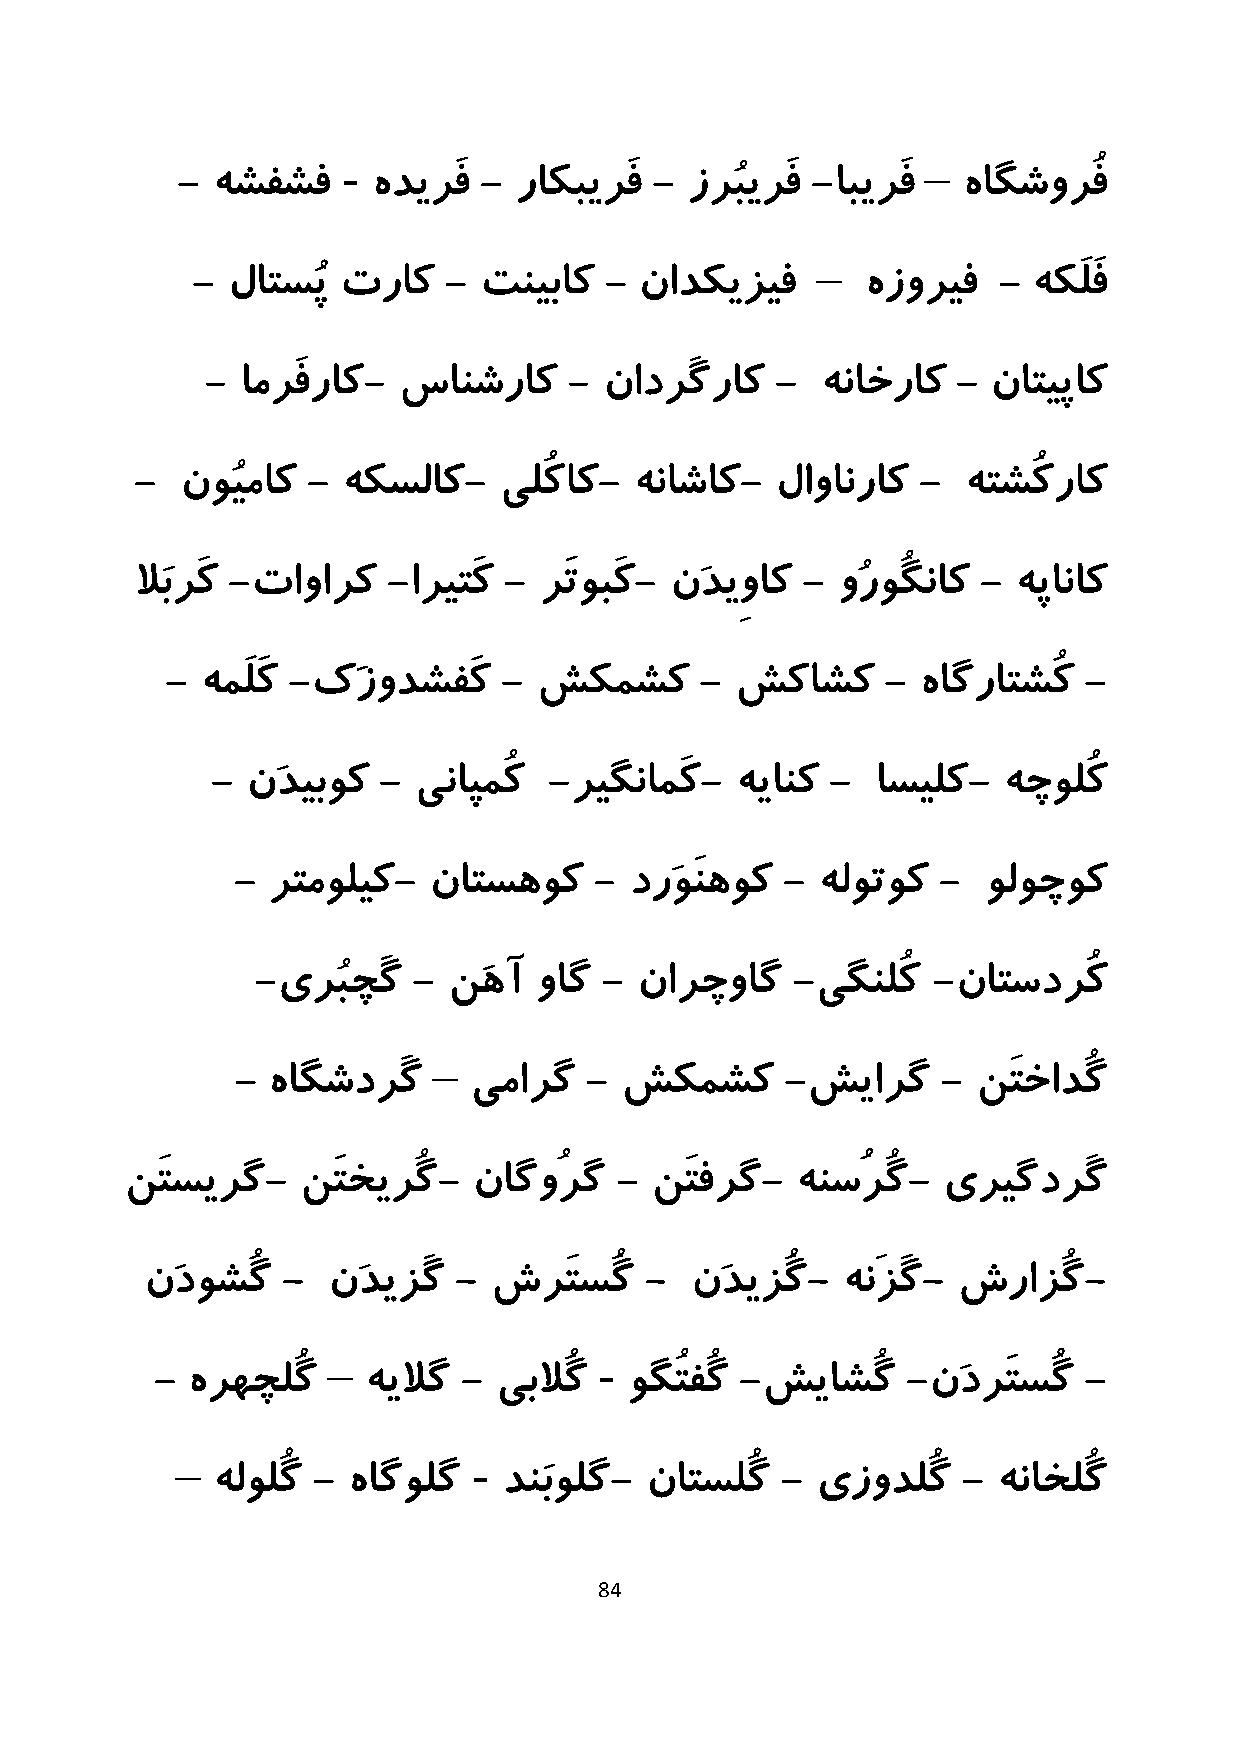
-                                     –
 - هشفشف      هدیرَف - راکبیرَف -  زرُبیرَف -ابیرَف  هاگشورُف
 –
 - لاتسُپ تراک   -  تنیباک  - نادکیزیف       هزوریف   - هکَلَف
 - امرَفراک- سانشراک     - نادرَگراک  -  هناخراک  - ناتیپاک
 -  نوُیماک -  هکسلاک-   یلُکاک-  هناشاک-  لاوانراک  -  هتشُکراک
 لاَبرَک -تاوارک  -اریتَک - رَتوبَک- نَدیِواک - وُروُگناک - هپاناک
 - همَلَک -کَزودشفَک   -  شکمشک     -  شکاشک     - هاگراتشُک  -
 - نَدیبوک  - یناپمُک  -ریگنامَک-   هیانک -  اسیلک-  هچولُک
 -  رتمولیک-  ناتسهوک    -  درَوَنهوک - هلوتوک  -  ولوچوک
 -یرُبچَگ  -  نَهآ واگ  - نارچواگ   -یگنلُک   -ناتسدرُک
 –
 - هاگشدرَگ     یمارگ   - شکمشک      -شیارگ    -  نَتخادُگ
 نَتسیرگ-    نَتخیرُگ-  ناگوُرگ   - نَتفرگ-   هنسُرُگ- یریگدرَگ
 نَدوشُگ  -  نَدیزَگ - شرَتسُگ    -  نَدیزُگ-  هنَزَگ- شرازُگ-
 –                 -
 - هرهچلُگ     هیلاگ -  یبلاُگ   وگُتفُگ -شیاشُگ   -نَدرَتسُگ  -
 –                  -
 هلولُگ - هاگولگ    دنَبولگ-  ناتسلُگ  - یزودلُگ   - هناخلُگ
 84